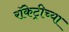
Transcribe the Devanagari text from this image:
रॉकेट्रीच्या